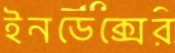
ইনডেক্সের